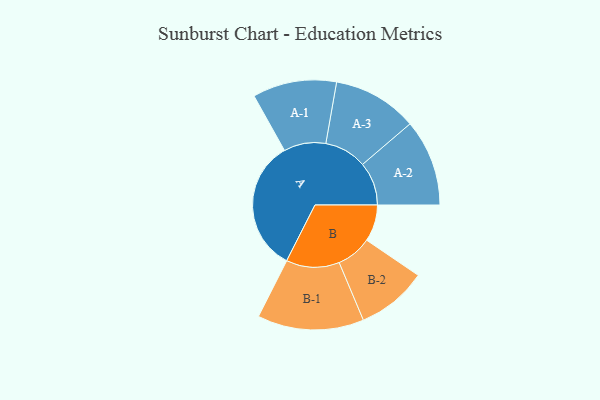
{"axis": {"x": "Segment", "y": "Value"}, "legend": ["", "A", "B"], "data": [{"x": "A", "y": 376, "type": ""}, {"x": "B", "y": 104, "type": ""}, {"x": "A-1", "y": 119, "type": "A"}, {"x": "A-2", "y": 123, "type": "A"}, {"x": "A-3", "y": 120, "type": "A"}, {"x": "B-1", "y": 151, "type": "B"}, {"x": "B-2", "y": 100, "type": "B"}]}